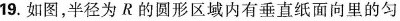
19.如图，半径为R的圆形区域内有垂直纸面向里的匀